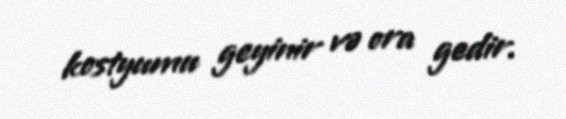
kostyumu geyinir və ora gedir.